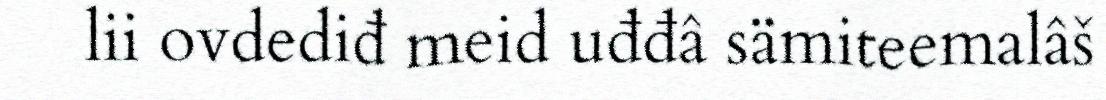
lii ovdediđ meid uđđâ sämiteemalâš